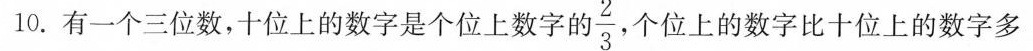
10.有一个三位数，十位上的数字是个位上数字的 \frac{2}{3}个位上的数字比十位上的数字多